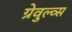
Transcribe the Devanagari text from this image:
ग्रेवुल्व्स